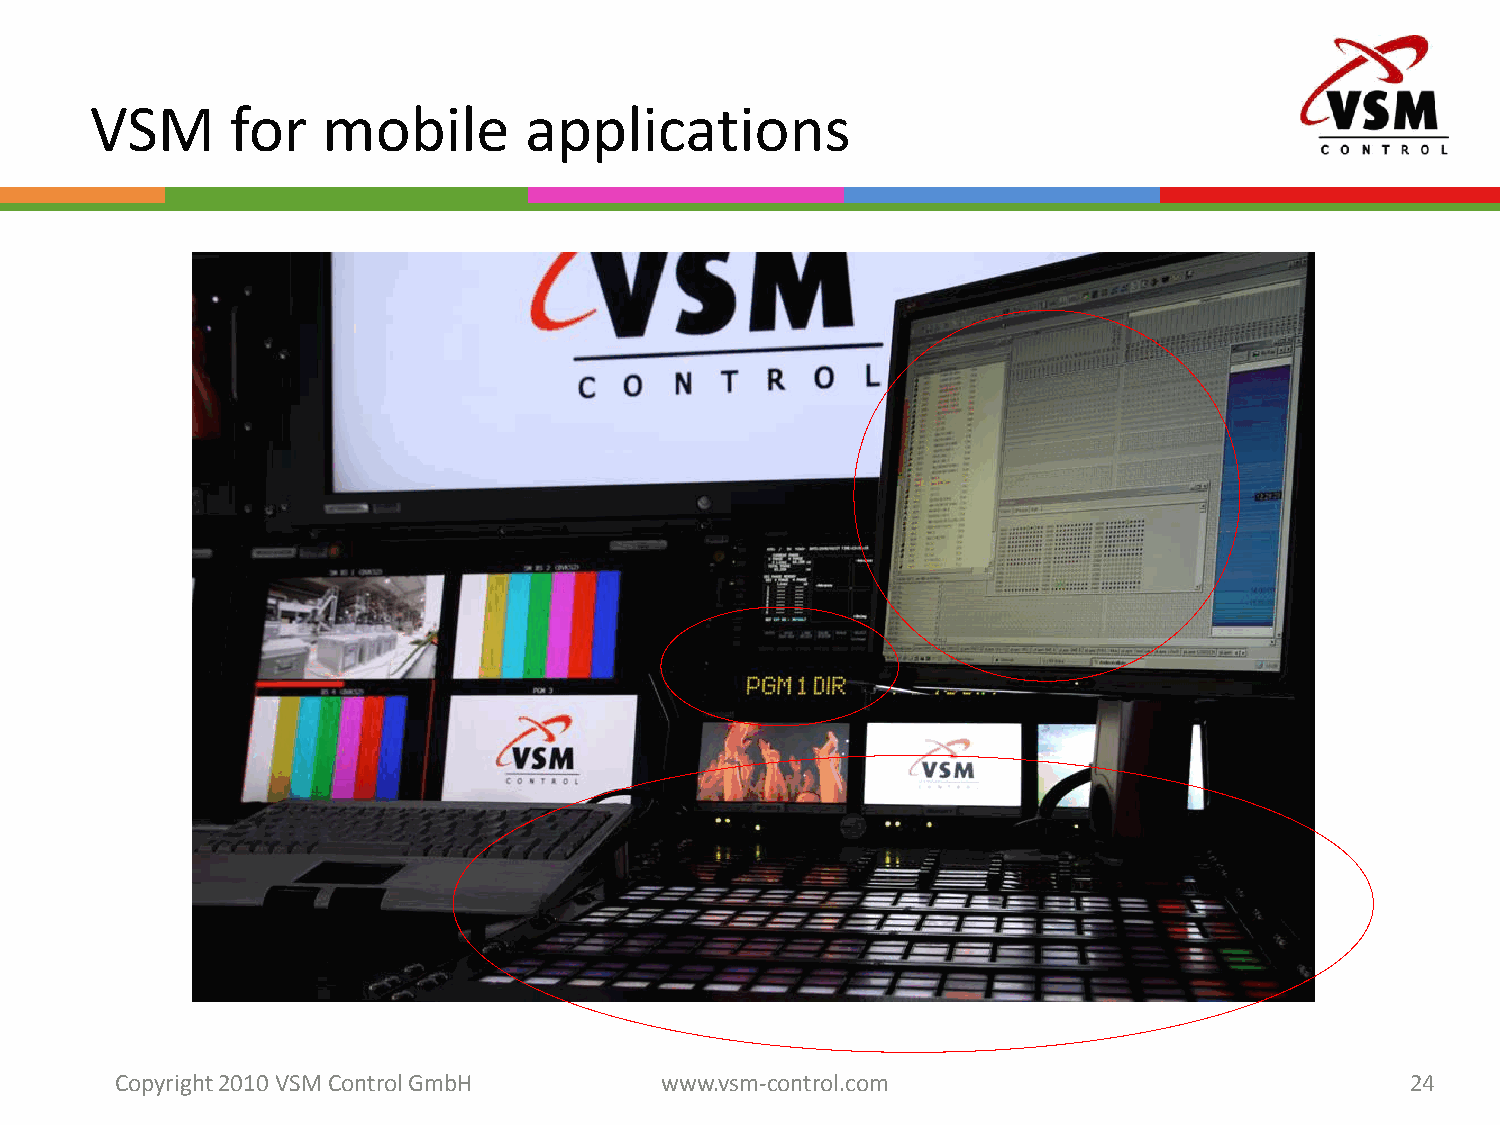
VSM      for   mobile        applications
 Copyright 2010 VSM ControlGmbH      www.vsm-control.com                              24